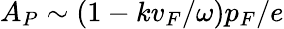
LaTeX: A_{P}\sim(1-kv_{F}/\omega)p_{F}/e